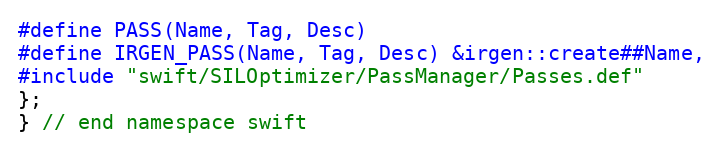
Language: C++
#define PASS(Name, Tag, Desc)
#define IRGEN_PASS(Name, Tag, Desc) &irgen::create##Name,
#include "swift/SILOptimizer/PassManager/Passes.def"
};
} // end namespace swift